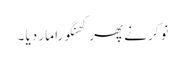
نوکر نے پھر کھنگورا مار دیا ۔